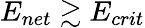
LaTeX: E_{net}\gtrsim E_{crit}